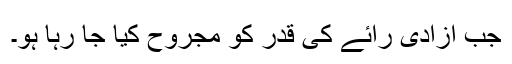
جب آزادیٔ رائے کی قدر کو مجروح کیا جا رہا ہو۔